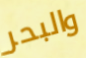
والبحر